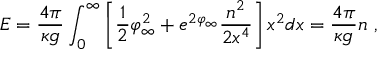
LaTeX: E = \frac { 4 \pi } { \kappa g } \int _ { 0 } ^ { \infty } \left[ \frac { 1 } { 2 } \varphi _ { \infty } ^ { 2 } + e ^ { 2 \varphi _ { \infty } } \frac { n ^ { 2 } } { 2 x ^ { 4 } } \right] x ^ { 2 } d x = \frac { 4 \pi } { \kappa g } n \ ,